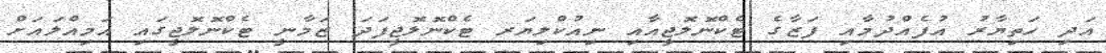
އަދި ހަތިޔާރު އުފެއްދުމާއި ފަޒާގެ ޓެކްނޮލޮޖީއާއި ނިއުކްލިޔަރ ޓެކްނޮލޮޖީފަދަ ޒަމާނީ ޓެކްނޮލޮޖީގައި އަމިއްލައަށް